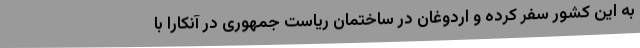
به این کشور سفر کرده و اردوغان در ساختمان ریاست جمهوری در آنکارا با